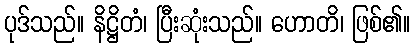
ပုဒ်သည်။ နိဋ္ဌိတံ၊ ပြီးဆုံးသည်။ ဟောတိ၊ ဖြစ်၏။